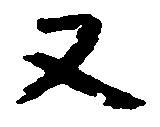
又